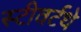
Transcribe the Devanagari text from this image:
स्टीवर्टथे